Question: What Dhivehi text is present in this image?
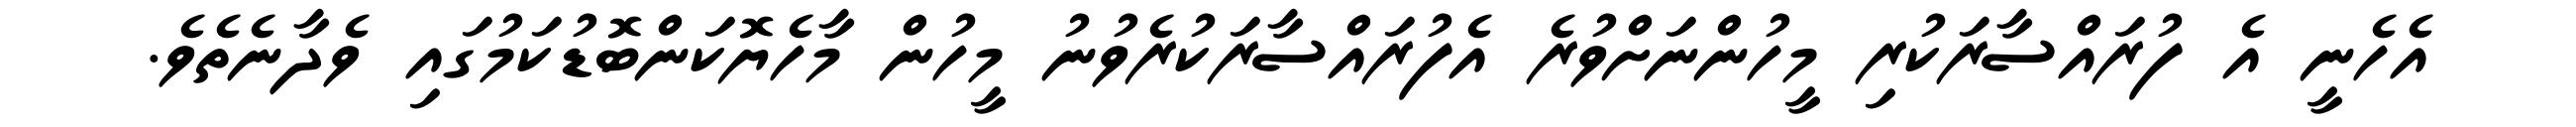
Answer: އެހެނީ އެ ފުރައްސާރަކުރި މީހުންނަށްވުރެ އެފުރައްސާރަކުރެވުނު މީހުން މާހެޔޮކަންބޮޑުކަމުގައި ވެދާނެތެވެ.